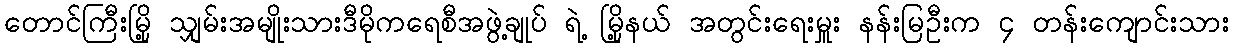
တောင်ကြီးမြို့ သျှမ်းအမျိုးသားဒီမိုကရေစီအဖွဲ့ချုပ် ရဲ့ မြို့နယ် အတွင်းရေးမှူး နန်းမြဦးက ၄ တန်းကျောင်းသား